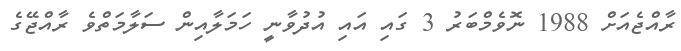
ރާއްޖެއަށް 1988 ނޮވެމްބަރު 3 ގައި އައި އުދުވާނީ ހަމަލާއިން ސަލާމަތްވެ ރާއްޖޭގެ